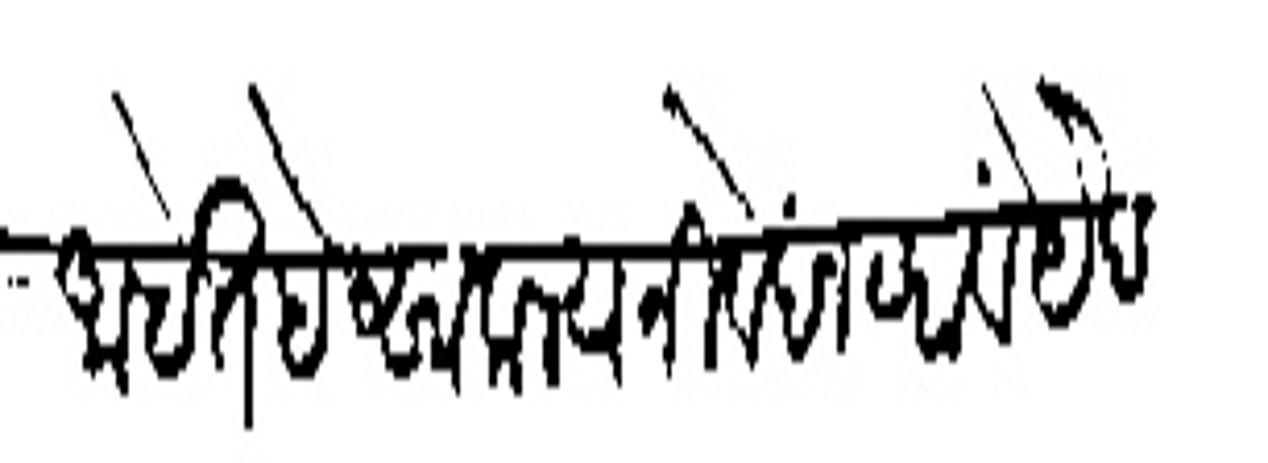
Transliteration (Devanagari): आहेत हे साकल्य निवेंदन व्हावें येद